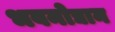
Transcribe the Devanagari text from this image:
भवनोद्यान